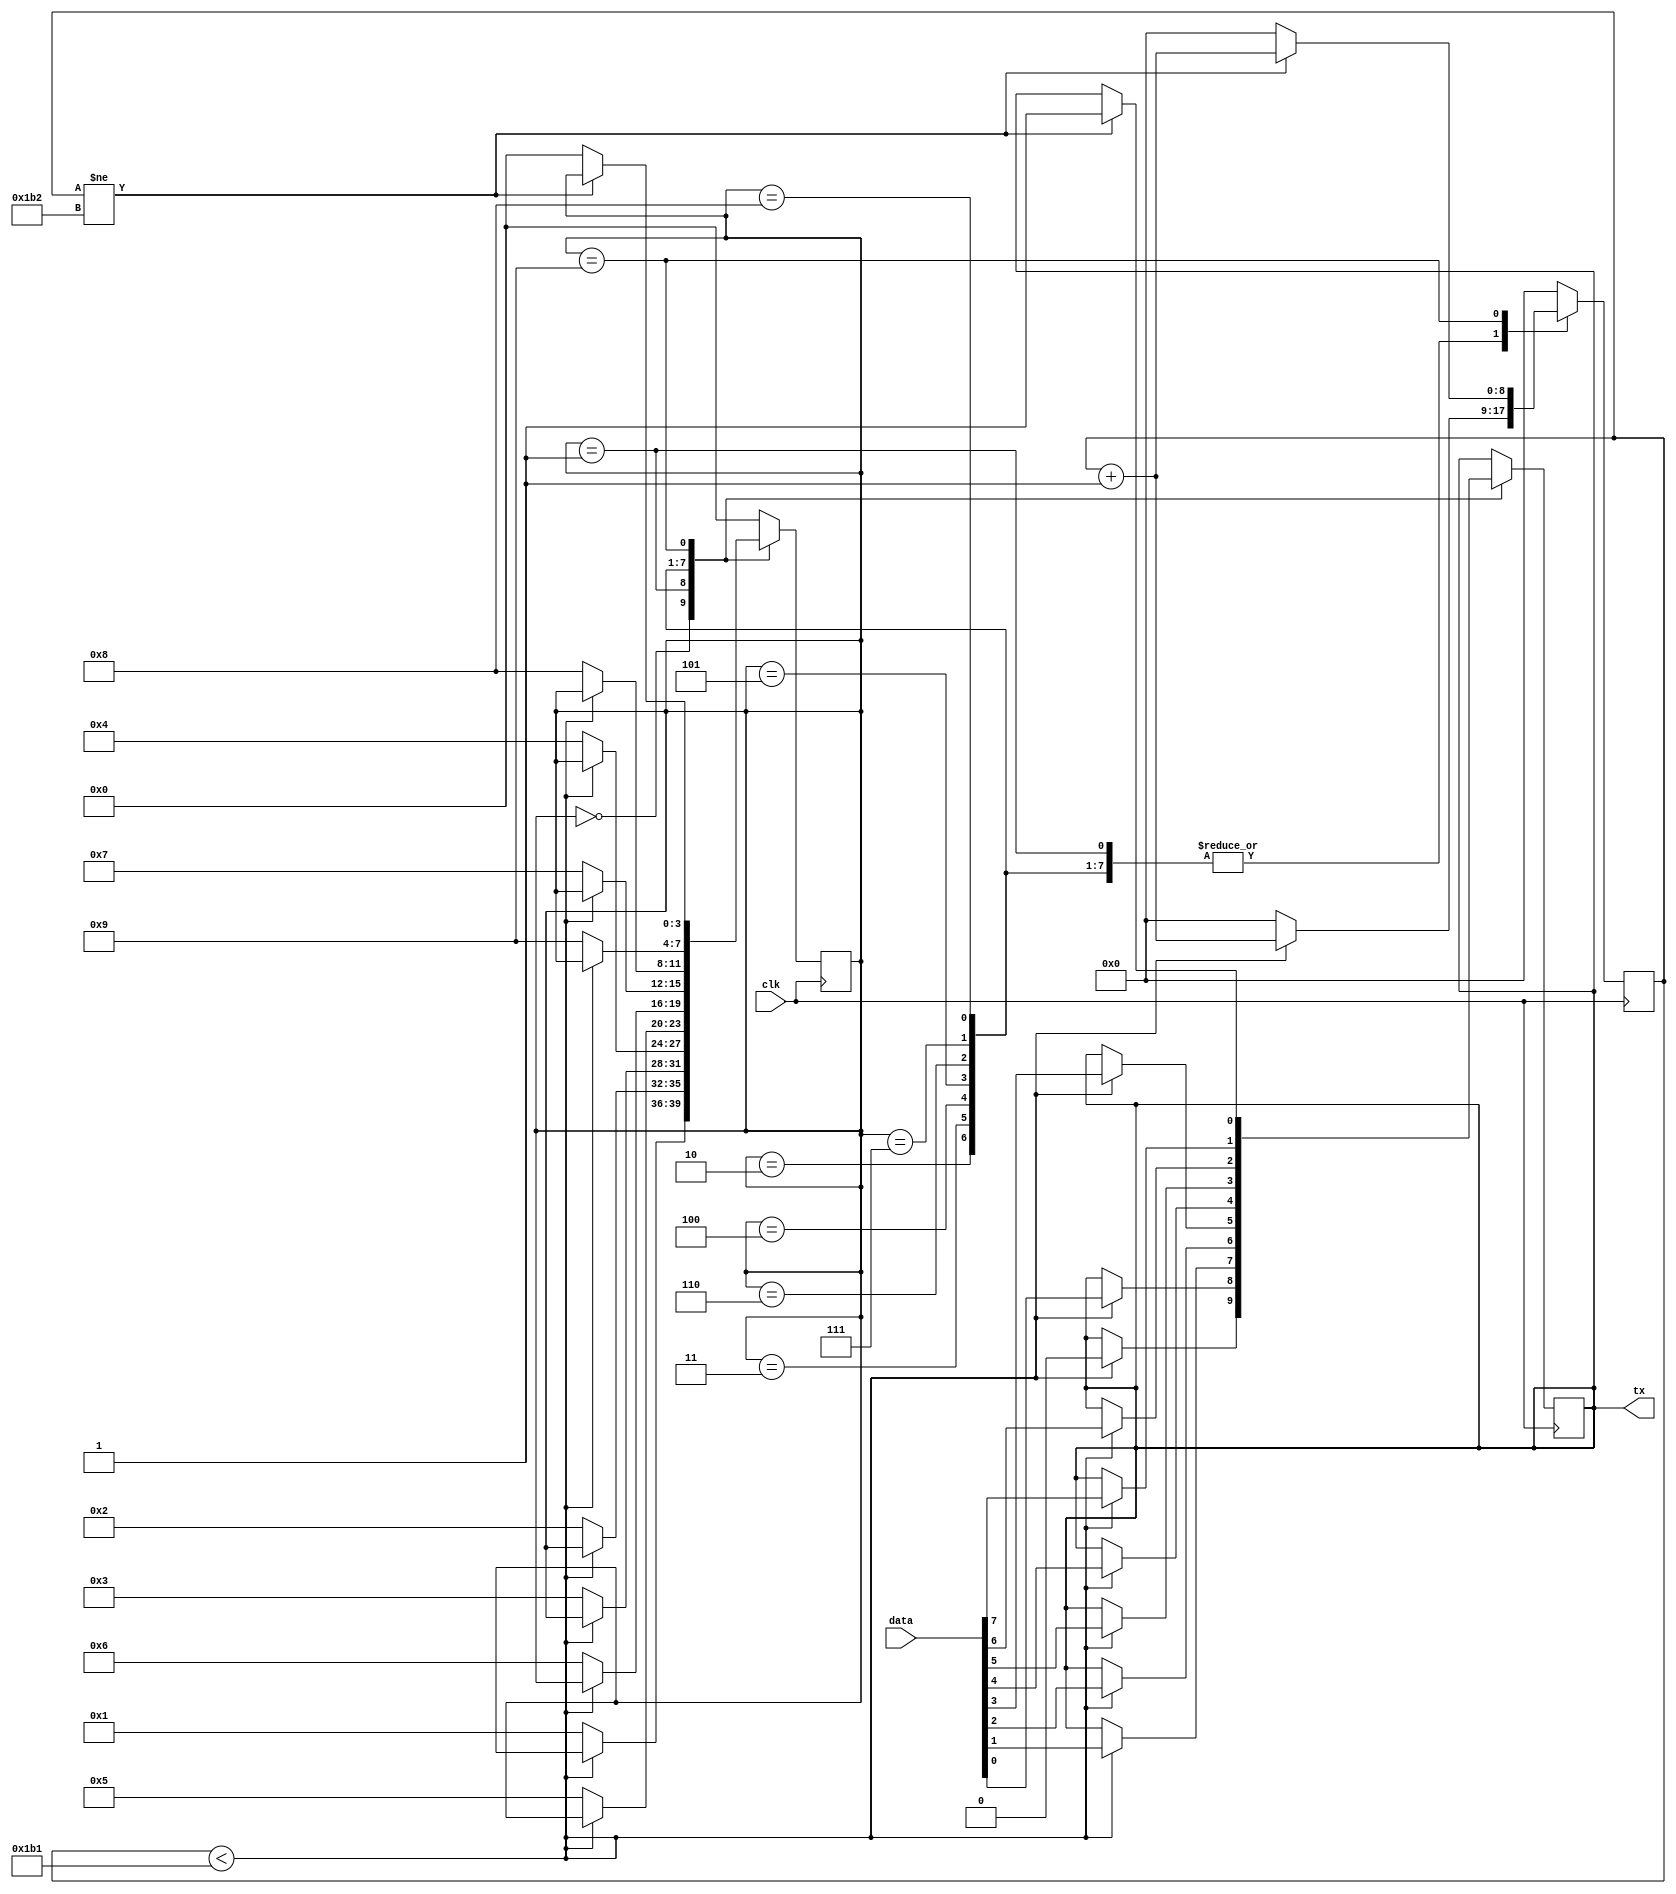
module UART_tx(
	input clk, //50MHz
	input [7:0] data,
	output reg tx
);

//baud rate 115200 => 8680ns

reg [8:0] counter ;
parameter start = 4'd0;
parameter d1 = 4'd1;
parameter d2 = 4'd2;
parameter d3 = 4'd3;
parameter d4 = 4'd4;
parameter d5 = 4'd5;
parameter d6 = 4'd6;
parameter d7 = 4'd7;
parameter d8 = 4'd8;
parameter stop = 4'd9;

reg [3:0] state = start;

initial begin
	tx = 0;
	counter = 0;
end

always@(posedge clk) begin
	case(state)
		start: begin
			if (counter < 9'd433) begin
				counter <= counter + 1;
				tx <= 0;
			end else begin
				counter <= 0;
				state <= d1;
			end
		end
		
		d1: begin
			if (counter < 9'd433) begin
				counter <= counter + 1;
				tx <= data[0];
			end else begin
				counter = 0;
				state <= d2;
			end
		end
		
		d2: begin
			if (counter < 9'd433) begin
				counter <= counter + 1;
				tx <= data[1];
			end else begin
				counter = 0;
				state <= d3;
			end
		end

		d3: begin
			if (counter < 9'd433) begin
				counter <= counter + 1;
				tx <= data[2];
			end else begin
				counter = 0;
				state <= d4;
			end
		end
		d4: begin
			if (counter < 9'd433) begin
				counter <= counter + 1;
				tx <= data[3];
			end else begin
				counter = 0;
				state <= d5;
			end
		end
		d5: begin
			if (counter < 9'd433) begin
				counter <= counter + 1;
				tx <= data[4];
			end else begin
				counter = 0;
				state <= d6;
			end
		end
		d6: begin
			if (counter < 9'd433) begin
				counter = counter + 1;
				tx <= data[5];
			end else begin
				counter = 0;
				state <= d7;
			end
		end
		d7: begin
			if (counter < 9'd433) begin
				counter <= counter + 1;
				tx <= data[6];
			end else begin
				counter = 0;
				state <= d8;
			end
		end
		d8: begin
			if (counter < 9'd433) begin
				counter <= counter + 1;
				tx <= data[7];
			end else begin
				counter = 0;
				state <= stop;
			end
		end
		stop: begin
			if (counter != 9'd434) begin
				counter <= counter + 1;
				tx <= 1;
			end else begin
				counter = 0;
				state <= start;
			end
		end
		default: begin
			state <= start;
			counter <= 0;
		end
	endcase
end

endmodule